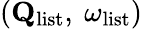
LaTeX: (\mathbf{Q}_{\mathrm{list}},\ \omega_{\mathrm{list}})